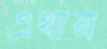
এথান